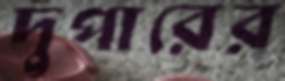
দুপারের